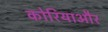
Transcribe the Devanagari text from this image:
कोरियाऔर